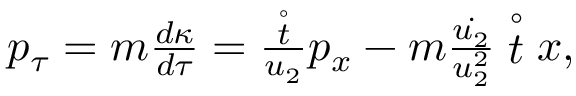
\begin{array} { r } { p _ { \tau } = m \frac { d \kappa } { d \tau } = \frac { \stackrel { \circ } { t } } { u _ { 2 } } p _ { x } - m \frac { \dot { u _ { 2 } } } { u _ { 2 } ^ { 2 } } \stackrel { \circ } { t } x , } \end{array}